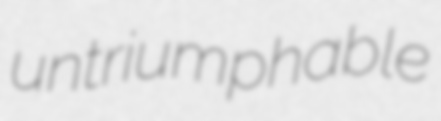
untriumphable